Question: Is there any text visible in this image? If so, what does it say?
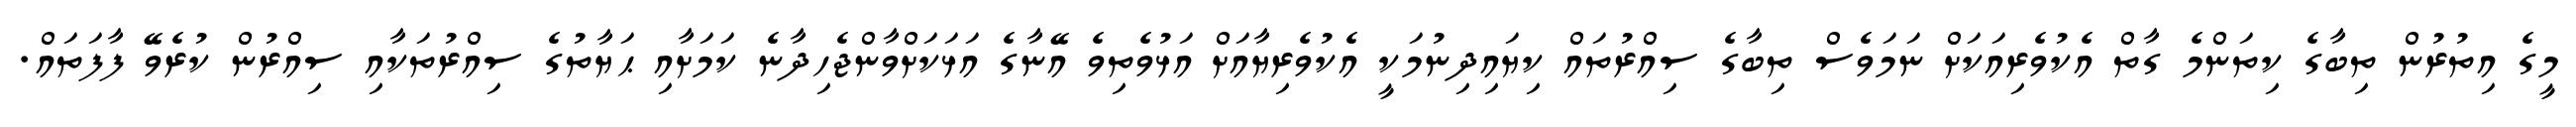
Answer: މީގެ އިތުރުން ތިބާގެ ކިތަންމެ ގާތް އެކުވެރިއަކަށް ނަމަވެސް ތިބާގެ ސިއްރުތައް ކިޔައިދިނުމަކީ އެކުވެރިޔާއަށް އަޅުވެތިވެ އޭނާގެ އަޅަކަށްވާންޖެހިދާނެ ކަމަށާއި ޙަޔާތުގެ ސިއްރުތަކާއި ސިއްރުން ކުރެވޭ ފާފަތައް.